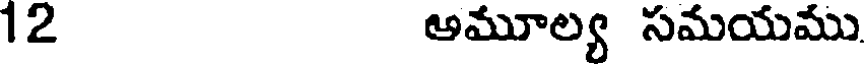
12 అమూల్య సమయము